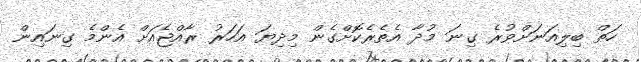
ހަތް ބިލިއަނަށްވުރެ ގިނަ މުދާ އެތެރެކޮށްގެން މިދިޔަ އަހަރު ރާއްޖެއަށް އެންމެ ގިނައިން